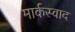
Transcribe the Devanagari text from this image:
मार्कस्वाद